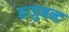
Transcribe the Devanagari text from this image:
बाजुबन्द